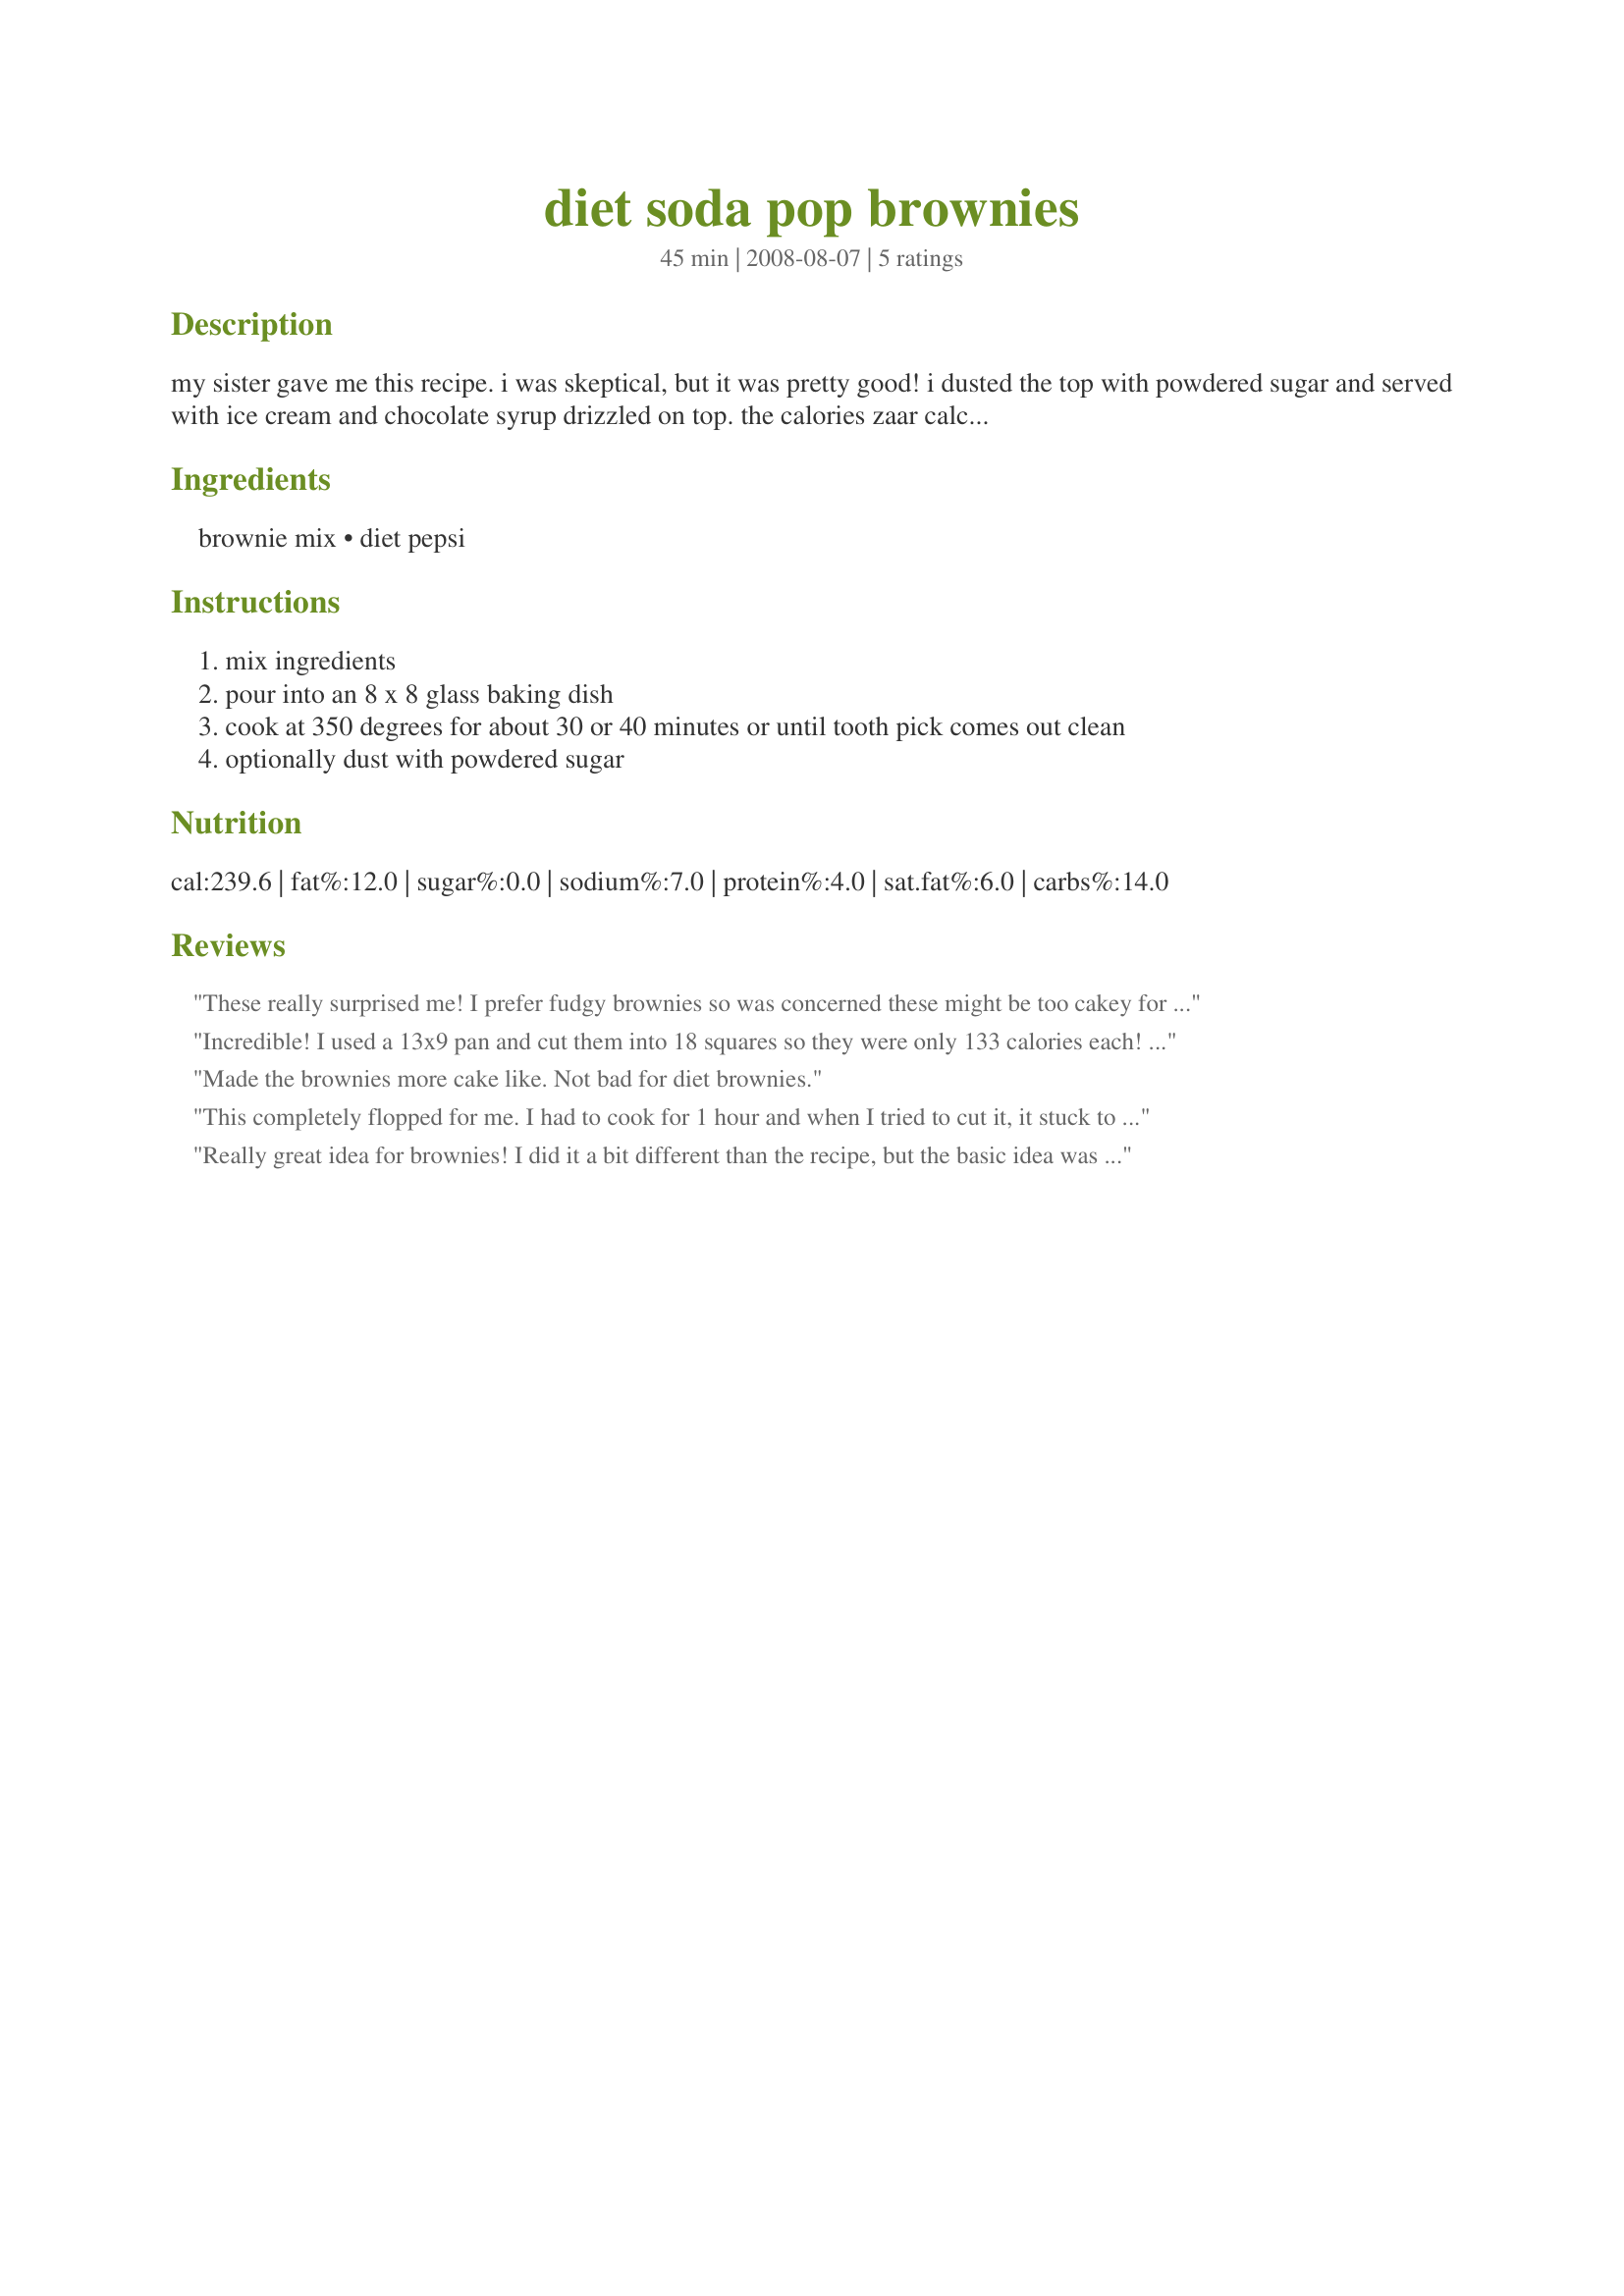
diet soda pop brownies
Preparation time: 45 minutes

my sister gave me this recipe. i was skeptical, but it was pretty good! i dusted the top with powdered sugar and served with ice cream and chocolate syrup drizzled on top.

the calories zaar calculated is off, but basically it will be whatever is indicated on the brownie mix package since all you're adding is diet pop. any pop will do of course, not just pepsi.

Ingredients:
brownie mix, diet pepsi

Steps:
mix ingredients
pour into an 8 x 8 glass baking dish
cook at 350 degrees for about 30 or 40 minutes or until tooth pick comes out clean
optionally dust with powdered sugar

Reviews:
These really surprised me! I prefer fudgy brownies so was concerned these might be too cakey for me but even though they look that way, they are much moister than a typical cakey brownie (which makes them seem fudgier when eating them). I used Ghirardelli Chocolate Supreme brownie mix (18.75 oz) and diet Dr. Pepper. Baked as directed in an 8x8 glass dish for what ended up being 37 minutes (tested a couple times between 25 & 37 min. before finally removing them). Thanks for the recipe!
Incredible! I used a 13x9 pan and cut them into 18 squares so they were only 133 calories each! Thanks so much. This will be a lifesaver for me when I have those cravings that are only cured by rich, warm chocolate. I have already shared them with friends.
Made the brownies more cake like. Not bad for diet brownies.
This completely flopped for me. I had to cook for 1 hour and when I tried to cut it, it stuck to the pan. I had to throw it all away. What a waste of a brownie mix!
Really great idea for brownies! I did it a bit different than the recipe, but the basic idea was the same!&lt;br/&gt;&lt;br/&gt;I had an 18.22 oz box of dark chocolate brownies. I just added diet lemon-lime soda (I like it b/c you can&#039;t taste it in the brownies) until it had the consistency of regular brownie batter. I did NOT pour it into a measuring cup b/c that takes all the fizz out and flattens the brownies.&lt;br/&gt;&lt;br/&gt;I used a 13x9 inch pan. They had to bake a longer than the box said. I let mine bake for about 20 minutes, then took them out and checked (still too gooey), and then put them on a lower rack and let them bake for 5 more minutes, then turned off the oven and let them sit in the still-warm oven for ~10 more minutes. This lets them cook without burning the edges.&lt;br/&gt;&lt;br/&gt;They turned out moist, not too cakey, and delicious! And they were only 100 calories for a 5 or so square inch brownie. My batch made 20 brownies.
